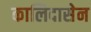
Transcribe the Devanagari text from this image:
कालिदासेन